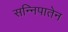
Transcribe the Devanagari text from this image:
सन्निपातेन